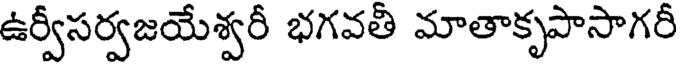
ఉర్వీసర్వజయేశ్వరీ భగవతి మాతాకృపాసాగరీ